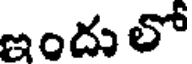
ఇందులో